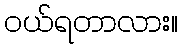
ဝယ်ရတာလား။